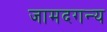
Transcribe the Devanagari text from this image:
जामदगन्य